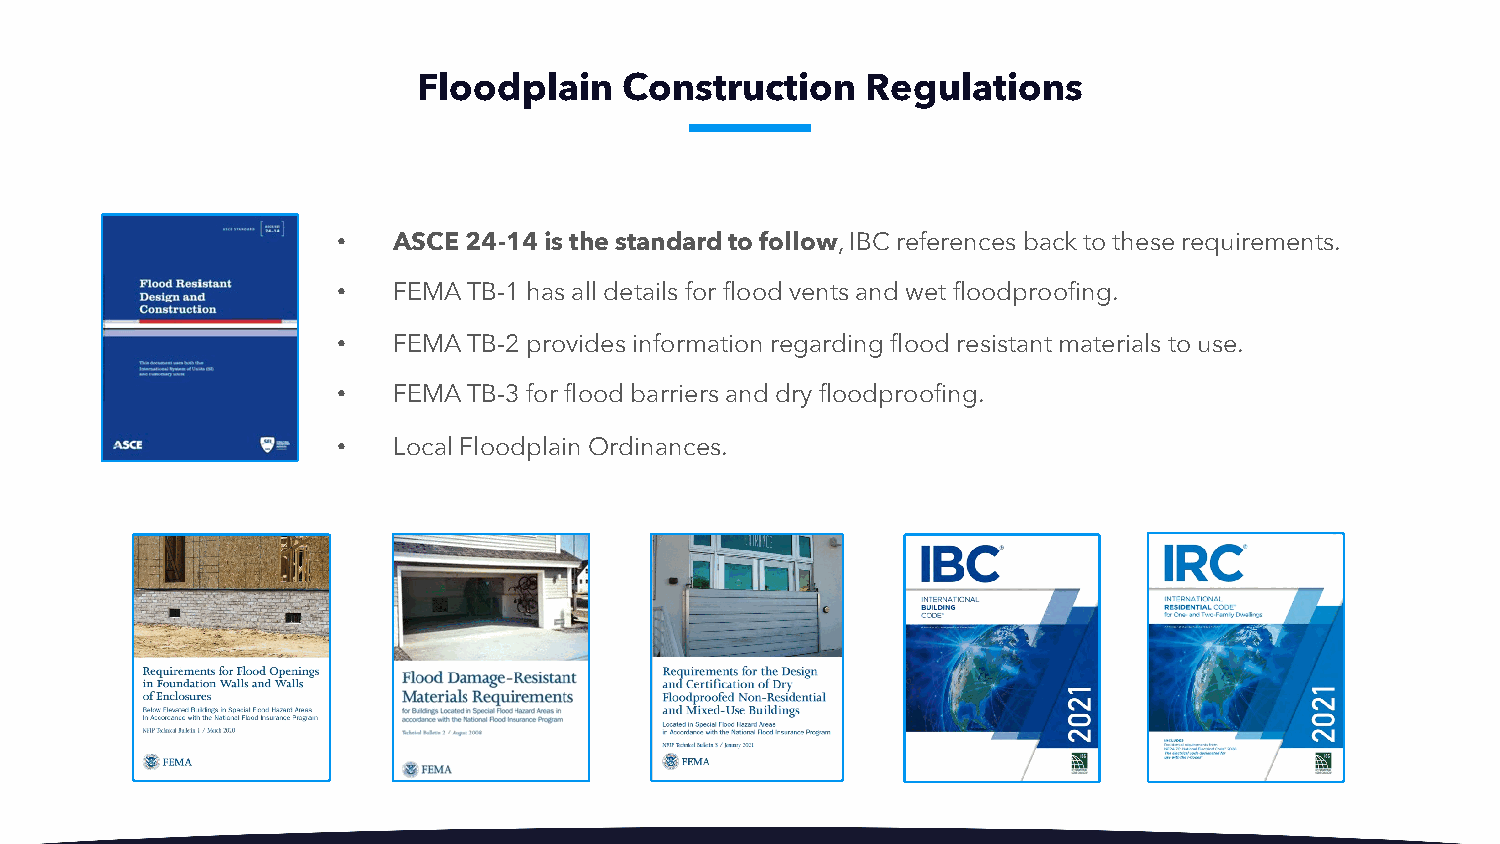
Floodplain   Construction    Regulations
 •   ASCE 24-14 is the standard to follow, IBC references back to these requirements.
 •   FEMA TB-1 has all details for flood vents and wet floodproofing.
 •   FEMA TB-2 provides information regarding flood resistant materials to use.
 •   FEMA TB-3 for flood barriers and dry floodproofing.
 •   Local Floodplain Ordinances.